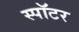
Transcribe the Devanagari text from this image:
स्पॉटर